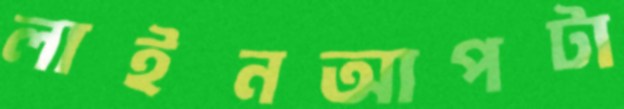
লাইনআপটা